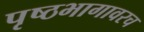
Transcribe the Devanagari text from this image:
पृष्ठभागावरच